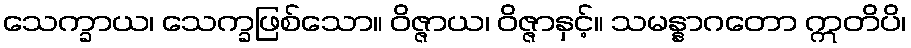
သေက္ခာယ၊ သေက္ခဖြစ်သော။ ဝိဇ္ဇာယ၊ ဝိဇ္ဇာနှင့်။ သမန္နာဂတော ဣတိပိ၊